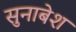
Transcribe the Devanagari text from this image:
सुनाबेश